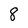
Character: 8